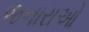
જનારાઓ